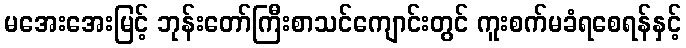
မအေးအေးမြင့် ဘုန်းတော်ကြီးစာသင်ကျောင်းတွင် ကူးစက်မခံရစေရန်နှင့်